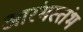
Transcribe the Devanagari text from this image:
आरंभस्तंभ